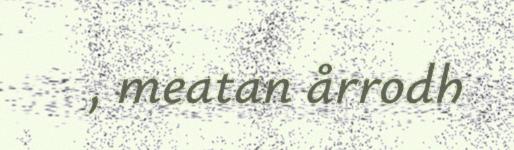
, meatan årrodh